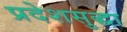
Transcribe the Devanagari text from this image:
प्रदेशसुद्धा